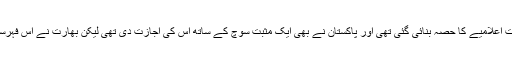
انہوں نے کہا کہ ہارٹ آف ایشیا کے امرتسر اجلاس میں دہشت گرد تنظیموں کی فہرست اعلامیے کا حصہ بنائی گئی تھی اور پاکستان نے بھی ایک مثبت سوچ کے ساتھ اس کی اجازت دی تھی لیکن بھارت نے اس فہرست کو پاکستان کی بدنامی کے لیے استعمال کیا اور اپنی بڑی سفارتی کامیابی قرار دیا۔